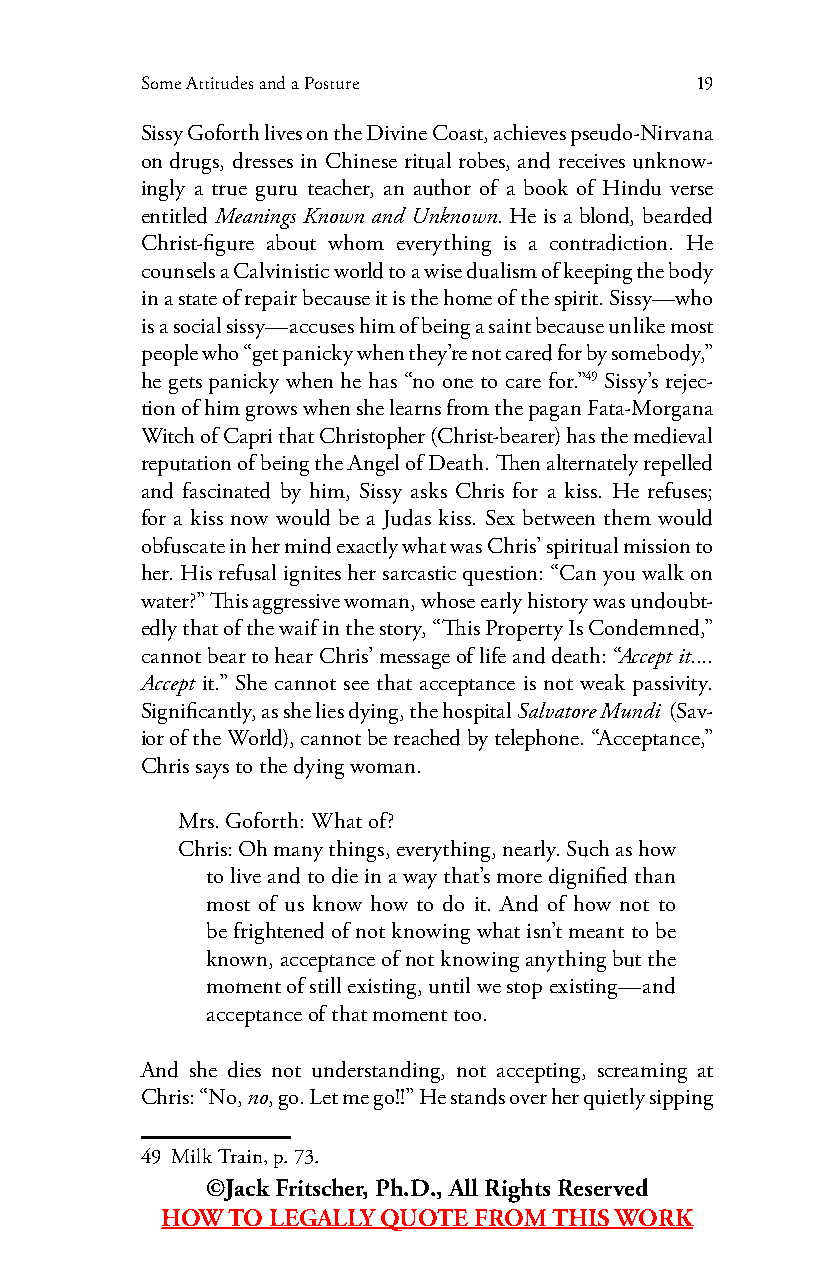
Some Attitudes and a Posture         19
 Sissy Goforth lives on the Divine Coast, achieves pseudo-Nirvana
 on drugs, dresses in Chinese ritual robes, and receives unknow-
 ingly a true guru teacher, an author of a book of Hindu verse
 entitled Meanings Known and Unknown. He is a blond, bearded
 Christ-figure about whom everything is a contradiction. He
 counsels a Calvinistic world to a wise dualism of keeping the body
 in a state of repair because it is the home of the spirit. Sissy—who
 is a social sissy—accuses him of being a saint because unlike most
 people who “get panicky when they’re not cared for by somebody,”
 he gets panicky when he has “no one to care for.”49 Sissy’s rejec-
 tion of him grows when she learns from the pagan Fata-Morgana
 Witch of Capri that Christopher (Christ-bearer) has the medieval
 reputation of being the Angel of Death. Then alternately repelled
 and fascinated by him, Sissy asks Chris for a kiss. He refuses;
 for a kiss now would be a Judas kiss. Sex between them would
 obfuscate in her mind exactly what was Chris’ spiritual mission to
 her. His refusal ignites her sarcastic question: “Can you walk on
 water?” This aggressive woman, whose early history was undoubt-
 edly that of the waif in the story, “This Property Is Condemned,”
 cannot bear to hear Chris’ message of life and death: “Accept it....
 Accept it.” She cannot see that acceptance is not weak passivity.
 Significantly, as she lies dying, the hospital Salvatore Mundi (Sav-
 ior of the World), cannot be reached by telephone. “Acceptance,”
 Chris says to the dying woman.
 Mrs. Goforth: What of?
 Chris: Oh many things, everything, nearly. Such as how
 to live and to die in a way that’s more dignified than
 most of us know how to do it. And of how not to
 be frightened of not knowing what isn’t meant to be
 known, acceptance of not knowing anything but the
 moment of still existing, until we stop existing—and
 acceptance of that moment too.
 And she dies not understanding, not accepting, screaming at
 Chris: “No, no, go. Let me go!!” He stands over her quietly sipping
 49 Milk Train, p. 73.
 ©Jack Fritscher, Ph.D., All Rights Reserved
 HOW TO LEGALLY QUOTE FROM THIS WORK